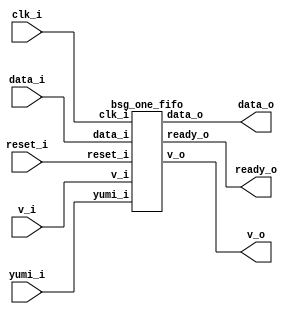


module top
(
  clk_i,
  reset_i,
  ready_o,
  data_i,
  v_i,
  v_o,
  data_o,
  yumi_i
);

  input [15:0] data_i;
  output [15:0] data_o;
  input clk_i;
  input reset_i;
  input v_i;
  input yumi_i;
  output ready_o;
  output v_o;

  bsg_one_fifo
  wrapper
  (
    .data_i(data_i),
    .data_o(data_o),
    .clk_i(clk_i),
    .reset_i(reset_i),
    .v_i(v_i),
    .yumi_i(yumi_i),
    .ready_o(ready_o),
    .v_o(v_o)
  );


endmodule



module bsg_dff_reset_width_p1
(
  clk_i,
  reset_i,
  data_i,
  data_o
);

  input [0:0] data_i;
  output [0:0] data_o;
  input clk_i;
  input reset_i;
  wire [0:0] data_o;
  reg data_o_0_sv2v_reg;
  assign data_o[0] = data_o_0_sv2v_reg;

  always @(posedge clk_i) begin
    if(reset_i) begin
      data_o_0_sv2v_reg <= 1'b0;
    end else if(1'b1) begin
      data_o_0_sv2v_reg <= data_i[0];
    end 
  end


endmodule



module bsg_dff_en_width_p16_harden_p0
(
  clk_i,
  data_i,
  en_i,
  data_o
);

  input [15:0] data_i;
  output [15:0] data_o;
  input clk_i;
  input en_i;
  wire [15:0] data_o;
  reg data_o_15_sv2v_reg,data_o_14_sv2v_reg,data_o_13_sv2v_reg,data_o_12_sv2v_reg,
  data_o_11_sv2v_reg,data_o_10_sv2v_reg,data_o_9_sv2v_reg,data_o_8_sv2v_reg,
  data_o_7_sv2v_reg,data_o_6_sv2v_reg,data_o_5_sv2v_reg,data_o_4_sv2v_reg,data_o_3_sv2v_reg,
  data_o_2_sv2v_reg,data_o_1_sv2v_reg,data_o_0_sv2v_reg;
  assign data_o[15] = data_o_15_sv2v_reg;
  assign data_o[14] = data_o_14_sv2v_reg;
  assign data_o[13] = data_o_13_sv2v_reg;
  assign data_o[12] = data_o_12_sv2v_reg;
  assign data_o[11] = data_o_11_sv2v_reg;
  assign data_o[10] = data_o_10_sv2v_reg;
  assign data_o[9] = data_o_9_sv2v_reg;
  assign data_o[8] = data_o_8_sv2v_reg;
  assign data_o[7] = data_o_7_sv2v_reg;
  assign data_o[6] = data_o_6_sv2v_reg;
  assign data_o[5] = data_o_5_sv2v_reg;
  assign data_o[4] = data_o_4_sv2v_reg;
  assign data_o[3] = data_o_3_sv2v_reg;
  assign data_o[2] = data_o_2_sv2v_reg;
  assign data_o[1] = data_o_1_sv2v_reg;
  assign data_o[0] = data_o_0_sv2v_reg;

  always @(posedge clk_i) begin
    if(en_i) begin
      data_o_15_sv2v_reg <= data_i[15];
      data_o_14_sv2v_reg <= data_i[14];
      data_o_13_sv2v_reg <= data_i[13];
      data_o_12_sv2v_reg <= data_i[12];
      data_o_11_sv2v_reg <= data_i[11];
      data_o_10_sv2v_reg <= data_i[10];
      data_o_9_sv2v_reg <= data_i[9];
      data_o_8_sv2v_reg <= data_i[8];
      data_o_7_sv2v_reg <= data_i[7];
      data_o_6_sv2v_reg <= data_i[6];
      data_o_5_sv2v_reg <= data_i[5];
      data_o_4_sv2v_reg <= data_i[4];
      data_o_3_sv2v_reg <= data_i[3];
      data_o_2_sv2v_reg <= data_i[2];
      data_o_1_sv2v_reg <= data_i[1];
      data_o_0_sv2v_reg <= data_i[0];
    end 
  end


endmodule



module bsg_one_fifo
(
  clk_i,
  reset_i,
  ready_o,
  data_i,
  v_i,
  v_o,
  data_o,
  yumi_i
);

  input [15:0] data_i;
  output [15:0] data_o;
  input clk_i;
  input reset_i;
  input v_i;
  input yumi_i;
  output ready_o;
  output v_o;
  wire [15:0] data_o;
  wire ready_o,v_o,N0,N1,_0_net_,N2,N3,_1_net_;

  bsg_dff_reset_width_p1
  dff_full
  (
    .clk_i(clk_i),
    .reset_i(reset_i),
    .data_i(_0_net_),
    .data_o(v_o)
  );


  bsg_dff_en_width_p16_harden_p0
  dff
  (
    .clk_i(clk_i),
    .data_i(data_i),
    .en_i(_1_net_),
    .data_o(data_o)
  );

  assign _0_net_ = (N0)? N3 : 
                   (N1)? v_i : 1'b0;
  assign N0 = v_o;
  assign N1 = N2;
  assign ready_o = ~v_o;
  assign N2 = ~v_o;
  assign N3 = ~yumi_i;
  assign _1_net_ = v_i & ready_o;

endmodule